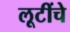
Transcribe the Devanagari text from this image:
लूटींचे